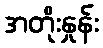
အတိုးနှုန်း